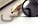
حتى